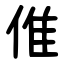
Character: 倠